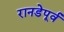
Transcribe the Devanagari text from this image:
रानडेपूर्व